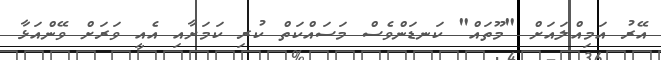
އޭރު އަމިއްލައަށް "މޫތައް" ކަނޑަންވެސް މަސައްކަތް ކުރި ކަމަށާއި އެއީ ވަރަށް ވޭންއަޅާ